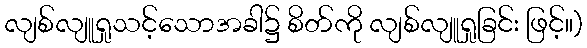
လျစ်လျူရှုသင့်သောအခါ၌ စိတ်ကို လျစ်လျူရှုခြင်း ဖြင့်။)